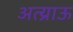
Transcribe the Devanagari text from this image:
अत्य्राऊ